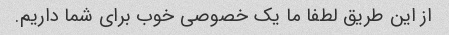
از این طریق لطفا ما یک خصوصی خوب برای شما داریم.